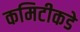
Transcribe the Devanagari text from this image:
कमिटीकडे